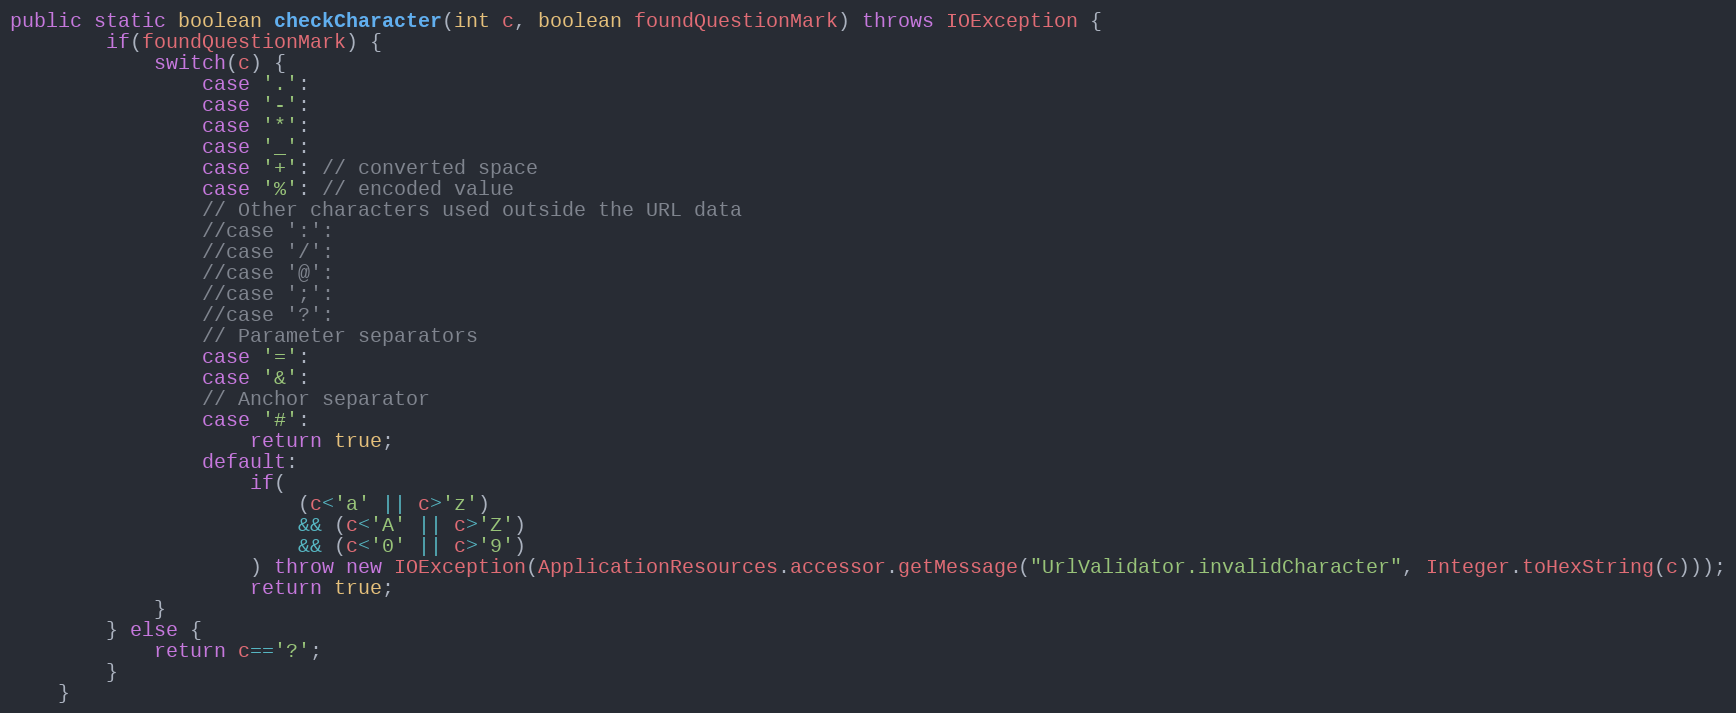
Language: Java
public static boolean checkCharacter(int c, boolean foundQuestionMark) throws IOException {
		if(foundQuestionMark) {
			switch(c) {
				case '.':
				case '-':
				case '*':
				case '_':
				case '+': // converted space
				case '%': // encoded value
				// Other characters used outside the URL data
				//case ':':
				//case '/':
				//case '@':
				//case ';':
				//case '?':
				// Parameter separators
				case '=':
				case '&':
				// Anchor separator
				case '#':
					return true;
				default:
					if(
						(c<'a' || c>'z')
						&& (c<'A' || c>'Z')
						&& (c<'0' || c>'9')
					) throw new IOException(ApplicationResources.accessor.getMessage("UrlValidator.invalidCharacter", Integer.toHexString(c)));
					return true;
			}
		} else {
			return c=='?';
		}
	}